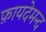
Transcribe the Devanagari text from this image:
फ़ायदेमन्द